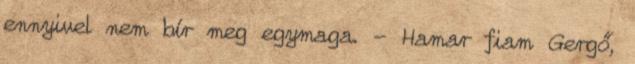
ennyivel nem bír meg egymaga. - Hamar fiam Gergő,